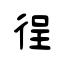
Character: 徎